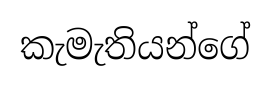
කැමැතියන්ගේ